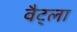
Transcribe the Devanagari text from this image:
वैट्ला